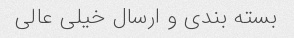
بسته بندی و ارسال خیلی عالی